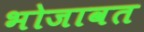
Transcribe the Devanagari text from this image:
भोजावत